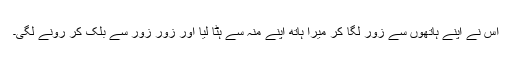
اس نے اپنے ہاتھوں سے زور لگا کر میرا ہاتھ اپنے منہ سے ہٹا لیا اور زور زور سے بلک کر رونے لگی۔